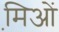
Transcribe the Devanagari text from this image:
मि़ओं